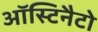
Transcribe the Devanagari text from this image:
ऑस्टिनैटो